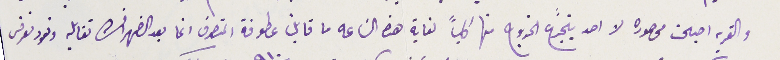
والقريه اصبحت محصوره لا احد يتجرع الخروج منها كلياً لغاية هذه السَاعه ما قابل عطوفة المتصرف انما بعد الضهر انشالله تقابله ونعود نعرض